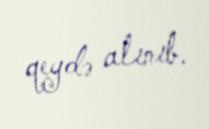
qeydə alınıb.